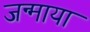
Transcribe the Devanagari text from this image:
जन्माया